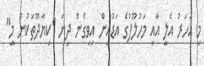
މި އަހަރު އެލީ އާއި މަހުލޫފުގެ އަޑުއިން އިވިގެން ދިޔަ "ކިޔާދޫތަކުން މީ"